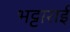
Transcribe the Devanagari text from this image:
भट्टाराई